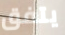
يتفق